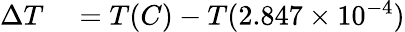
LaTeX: \begin{array}{rl}{\Delta T}&{{}=T(C)-T(2.847\times 10^{-4})}\end{array}